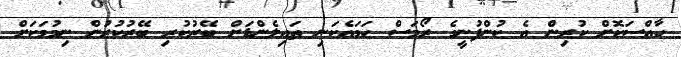
ހާއްސަކޮށް ކުރިން އެ ކުންފުނީގެ ރޯމަސް ހަމައެކަނި ތައިލެންޑަށް ބޭރުކުރި ބޭރުކުރުން ނިމުމަކަށް